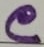
Text: C